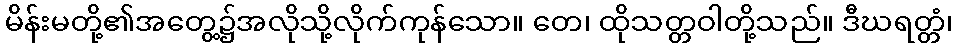
မိန်းမတို့၏အတွေ့၌အလိုသို့လိုက်ကုန်သော။ တေ၊ ထိုသတ္တဝါတို့သည်။ ဒီဃရတ္တံ၊